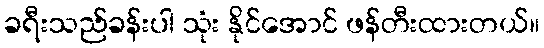
ခရီးသည်ခန်းပါ သုံး နိုင်အောင် ဖန်တီးထားတယ်။